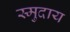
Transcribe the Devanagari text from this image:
स्मुदाय